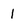
Character: 1